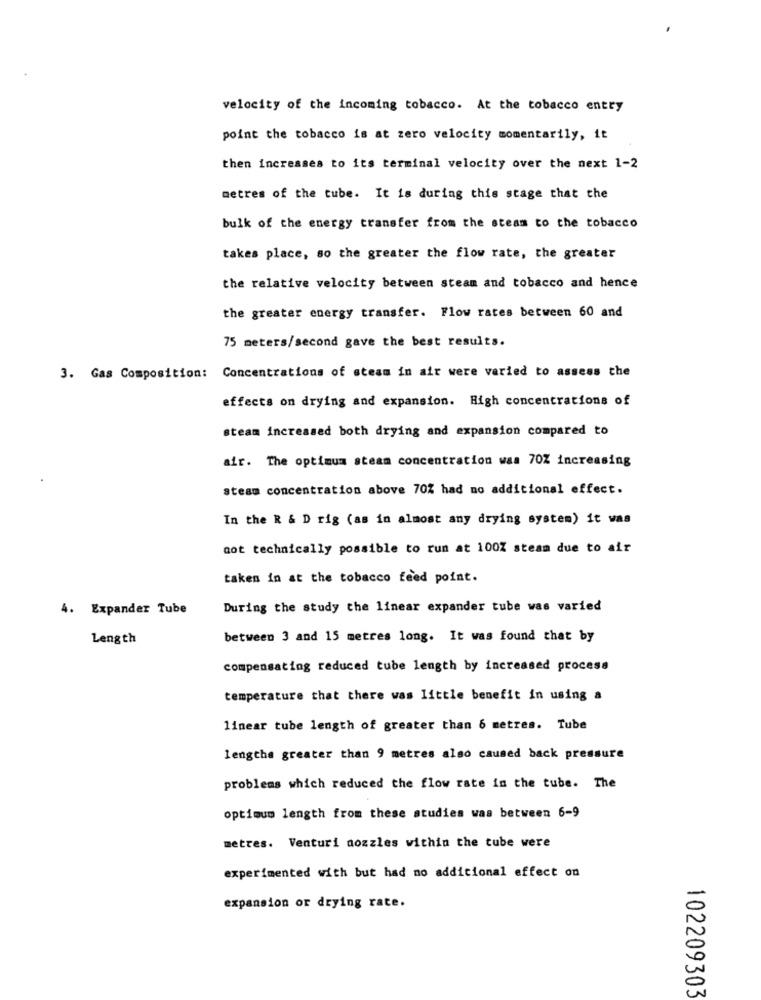
velocity of the incoming tobacco. At the tobacco entry
point the tobacco is at zero velocity momentarily, it
then increases to its terminal velocity over the next 1-2
metres of the tube. It is during this stage that the
bulk of the energy transfer from the steam to the tobacco
takes place, so the greater the flow rate, the greater
the relative velocity between steam and tobacco and hence
the greater energy transfer. Flow rates between 60 and
75 meters/second gave the best results.
3. Gas Composition: Concentrations of steam in air were varied to assess the
effects on drying and expansion. High concentrations of
steam increased both drying and expansion compared to
air. The optimum steam concentration was 70% increasing
steam concentration above 70% had no additional effect.
In the R & D rig (as in almost any drying system) it was
not technically possible to run at 100% steam due to air
taken in at the tobacco feed point.
4. Expander Tube
During the study the linear expander tube was varied
Length
between 3 and 15 metres long. It was found that by
compensating reduced tube length by increased process
temperature that there was little benefit in using a
linear tube length of greater than 6 metres. Tube
lengtha greater than 9 metres also caused back pressure
problems which reduced the flow rate in the tube. The
optimum length from these studies was between 6-9
metres. Venturi nozzles within the tube were
experimented with but had no additional effect on
expansion or drying rate.
102209303